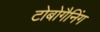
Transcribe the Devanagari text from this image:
टोबोगैनिंग